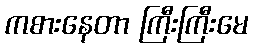
ကစားနေတာ ကြီးကြီးမေ